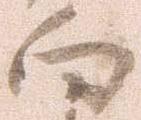
向